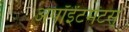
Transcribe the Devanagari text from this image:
अपॉईंटमेंटस्